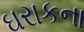
ઘરાકના